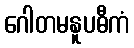
ဂေါတမနူပဓီကံ